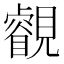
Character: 𧢕